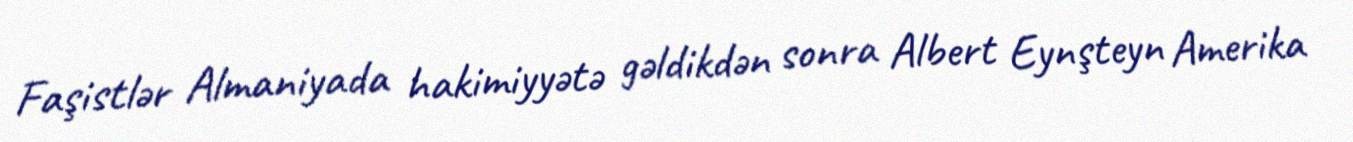
Faşistlər Almaniyada hakimiyyətə gəldikdən sonra Albert Eynşteyn Amerika